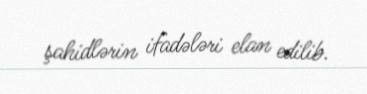
şahidlərin ifadələri elan edilib.